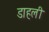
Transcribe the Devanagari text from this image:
डाहली